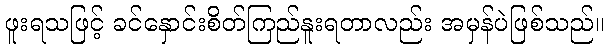
ဖူးရသဖြင့် ခင်နှောင်းစိတ်ကြည်နူးရတာလည်း အမှန်ပဲဖြစ်သည်။